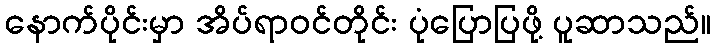
နောက်ပိုင်းမှာ အိပ်ရာဝင်တိုင်း ပုံပြောပြဖို့ ပူဆာသည်။